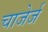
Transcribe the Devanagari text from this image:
चाजेर्ज